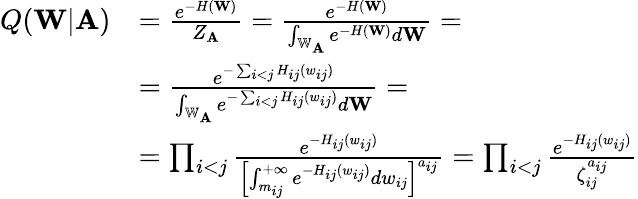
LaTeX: \begin{array}{rl}{Q(\mathbf{W}|\mathbf{A})}&{=\frac{e^{-H(\mathbf{W})}}{Z_{\mathbf{A}}}=\frac{e^{-H(\mathbf{W})}}{\int_{\mathbb{W}_{\mathbf{A}}}e^{-H(\mathbf{W})}d\mathbf{W}}=}\\ &{=\frac{e^{-\sum_{i<j}H_{ij}(w_{ij})}}{\int_{\mathbb{W}_{\mathbf{A}}}e^{-\sum_{i<j}H_{ij}(w_{ij})}d\mathbf{W}}=}\\ &{=\prod_{i<j}\frac{e^{-H_{ij}(w_{ij})}}{\left[\int_{m_{ij}}^{+\infty}e^{-H_{ij}(w_{ij})}dw_{ij}\right]^{a_{ij}}}=\prod_{i<j}\frac{e^{-H_{ij}(w_{ij})}}{\zeta_{ij}^{a_{ij}}}}\end{array}